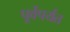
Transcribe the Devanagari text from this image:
पूर्वेपर्यंत